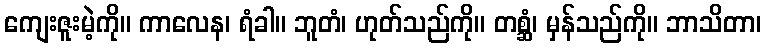
ကျေးဇူးမဲ့ကို။ ကာလေန၊ ရံခါ။ ဘူတံ၊ ဟုတ်သည်ကို။ တစ္ဆံ၊ မှန်သည်ကို။ ဘာသိတာ၊